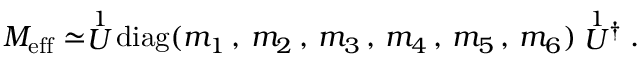
M _ { \mathrm { e f f } } \simeq \stackrel { 1 } { U } \mathrm { d i a g } ( m _ { 1 } \, , \, m _ { 2 } \, , \, m _ { 3 } \, , \, m _ { 4 } \, , \, m _ { 5 } \, , \, m _ { 6 } ) \stackrel { 1 } { U } \! ^ { \dagger } \; .